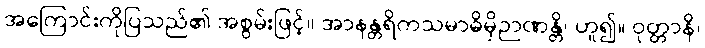
အကြောင်းကိုပြသည်၏ အစွမ်းဖြင့်။ အာနန္တရိကသမာဓိမှိဉာဏန္တိ၊ ဟူ၍။ ဝုတ္တာနိ၊